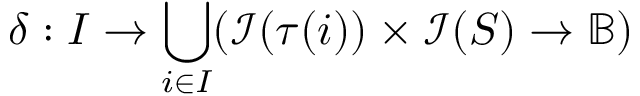
\delta : I \rightarrow \bigcup _ { i \in I } ( \mathcal { I } ( \tau ( i ) ) \times \mathcal { I } ( S ) \rightarrow \mathbb { B } )